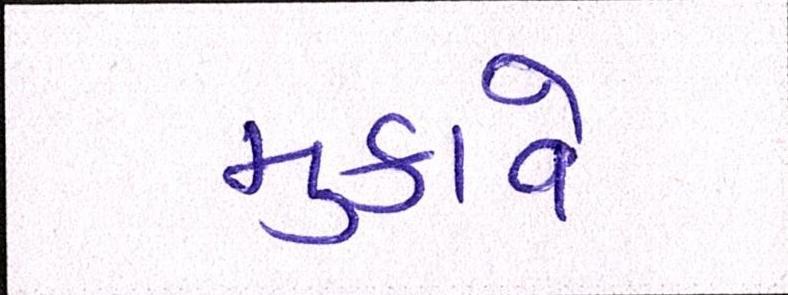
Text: મુકાવે